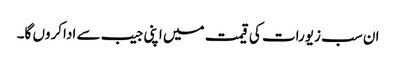
ان سب زیورات کی قیمت میں اپنی جیب سے اداکروں گا۔